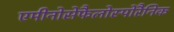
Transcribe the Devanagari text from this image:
एमीनोसेफैलोस्पोरैनिक